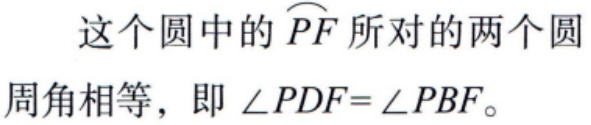
这个圆中的$\overset{\frown}{PF}$所对的两个圆周角相等，即$\angle PDF = \angle PBF$。